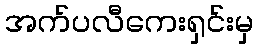
အက်ပလီကေးရှင်းမှ